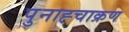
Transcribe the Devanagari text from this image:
पुनाह्चाक्रण